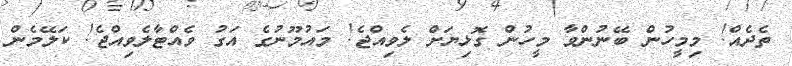
ތެދެއް! މިމީހުން ބޭނުންވާ މީހުން ގޮޅިޔަށް ލެވިއްޖެ! މައުމޫނުގެ އަގު ވެއްޓާލެވިއްޖެ! ކަލޭމެން